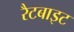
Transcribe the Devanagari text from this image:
रैटबाइट